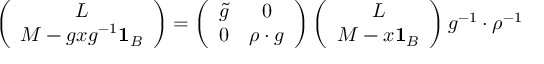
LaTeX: \left( \begin{array} { c } { { L } } \\ { { M - g x g ^ { - 1 } { \bf 1 } _ { B } } } \end{array} \right) = \left( \begin{array} { c c } { { \tilde { g } } } & { { 0 } } \\ { { 0 } } & { { \rho \cdot g } } \end{array} \right) \left( \begin{array} { c } { { L } } \\ { { M - x { \bf 1 } _ { B } } } \end{array} \right) g ^ { - 1 } \cdot \rho ^ { - 1 }